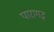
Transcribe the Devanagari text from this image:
पारागढ़